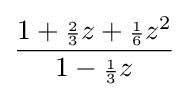
{\frac {1+{\scriptstyle {\frac {2}{3}}}z+{\scriptstyle {\frac {1}{6}}}z^{2}}{1-{\scriptstyle {\frac {1}{3}}}z}}